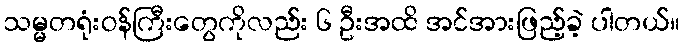
သမ္မတရုံးဝန်ကြီးတွေကိုလည်း ၆ ဦးအထိ အင်အားဖြည့်ခဲ့ ပါတယ်။